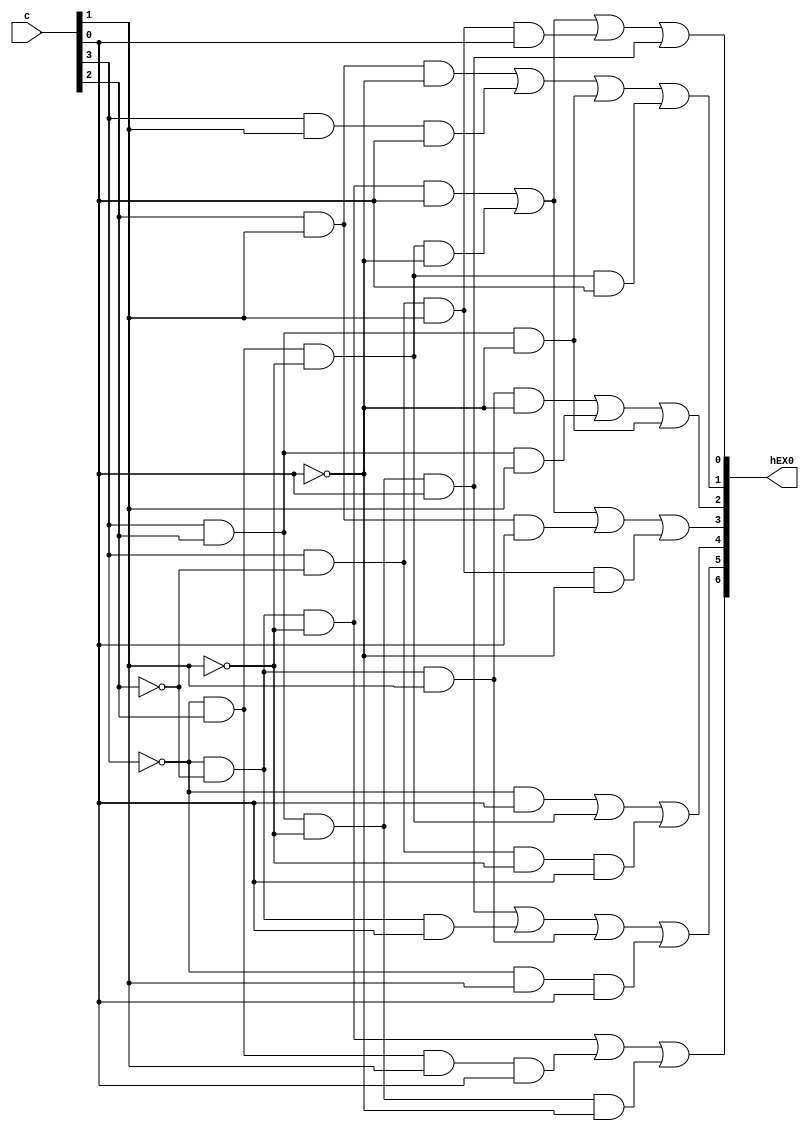
module segment_display_real(c,hEX0);
	input [3:0] c;
	output [6:0] hEX0;
	
	assign hEX0[0] = ((~c[3])&(~c[2])&(~c[1])&(c[0]))|((~c[3])&(c[2])&(~c[1])&(~c[0]))|((c[3])&(~c[2])&(c[1])&(c[0]))|((c[3])&(c[2])&(~c[1])&(c[0]));
	assign hEX0[1] = ((c[2])&(c[1])&(~c[0]))|((c[3])&(c[1])&(c[0]))|((c[3])&(c[2])&(~c[0]))|((~c[3])&(c[2])&(~c[1])&(c[0]));
	assign hEX0[2] = ((~c[3])&(~c[2])&(c[1])&(~c[0]))|((c[3])&(c[2])&(c[1]))|((c[3])&(c[2])&(~c[0]));
	assign hEX0[3] = ((~c[3])&(~c[2])&(~c[1])&(c[0]))|((~c[3])&(c[2])&(~c[1])&(~c[0]))|((c[2])&(c[1])&(c[0]))|((c[3])&(~c[2])&(c[1])&(~c[0]));
	assign hEX0[4] = ((~c[3])&(c[0]))|((~c[3])&(c[2])&(~c[1]))|((c[3])&(~c[2])&(~c[1])&(c[0]));
	assign hEX0[5] = ((c[3])&(c[2])&(~c[1])&(c[0]))|((~c[3])&(~c[2])&(c[0]))|(~(c[3])&(~c[2])&(c[1]))|((~c[3])&(c[1])&(c[0]));
	assign hEX0[6] = ((~c[3])&(~c[2])&(~c[1]))|((~c[3])&(c[2])&(c[1])&(c[0]))|((c[3])&(c[2])&(~c[1])&(~c[0]));
	
endmodule